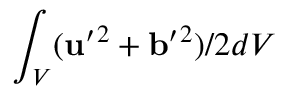
\int _ { V } ( { \bf { u } } ^ { \prime } { } ^ { 2 } + { \bf { b } } ^ { \prime } { } ^ { 2 } ) / 2 d V